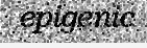
epigenic